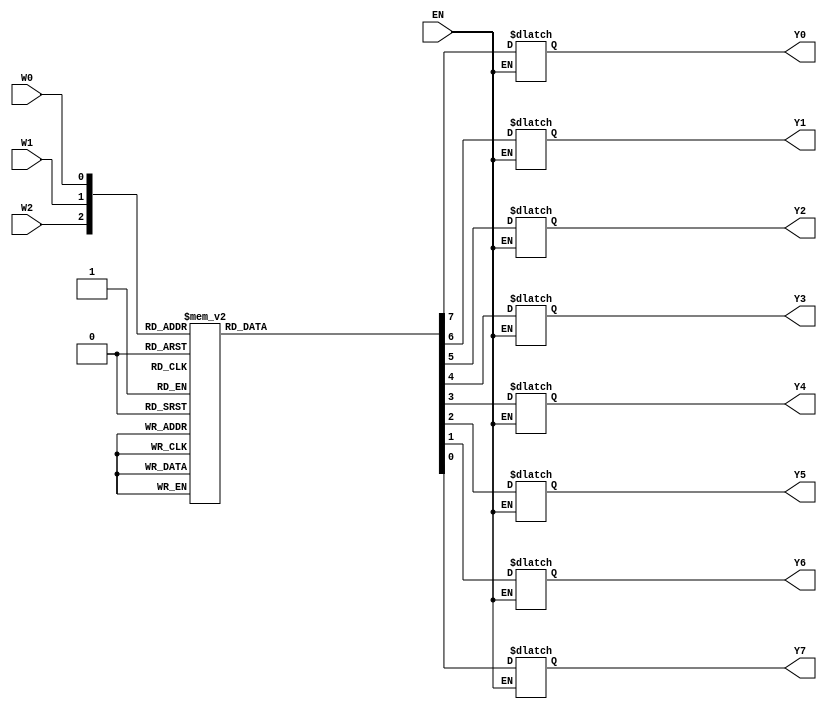
module Decoder3to8(EN, W2, W1, W0, Y0, Y1, Y2, Y3, Y4, Y5, Y6, Y7);
input EN, W2, W1, W0;
output Y0, Y1, Y2, Y3, Y4, Y5, Y6, Y7;

reg Y0, Y1, Y2, Y3, Y4, Y5, Y6, Y7;
always@(EN or W2 or W1 or W0)

begin
if(EN)
case({W2, W1, W0})
3'b000 : {Y0, Y1, Y2, Y3, Y4, Y5, Y6, Y7} = 8'b00000001;
3'b001 : {Y0, Y1, Y2, Y3, Y4, Y5, Y6, Y7} = 8'b00000010;
3'b010 : {Y0, Y1, Y2, Y3, Y4, Y5, Y6, Y7} = 8'b00000100;
3'b011 : {Y0, Y1, Y2, Y3, Y4, Y5, Y6, Y7} = 8'b00001000;
3'b100 : {Y0, Y1, Y2, Y3, Y4, Y5, Y6, Y7} = 8'b00010000;
3'b101 : {Y0, Y1, Y2, Y3, Y4, Y5, Y6, Y7} = 8'b00100000;
3'b110 : {Y0, Y1, Y2, Y3, Y4, Y5, Y6, Y7} = 8'b01000000;
3'b111 : {Y0, Y1, Y2, Y3, Y4, Y5, Y6, Y7} = 8'b10000000;

default : {Y0, Y1, Y2, Y3, Y4, Y5, Y6, Y7} = 8'b00000000;

endcase
end
endmodule